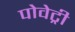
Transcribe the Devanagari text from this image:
पोवेट्री